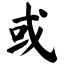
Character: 或